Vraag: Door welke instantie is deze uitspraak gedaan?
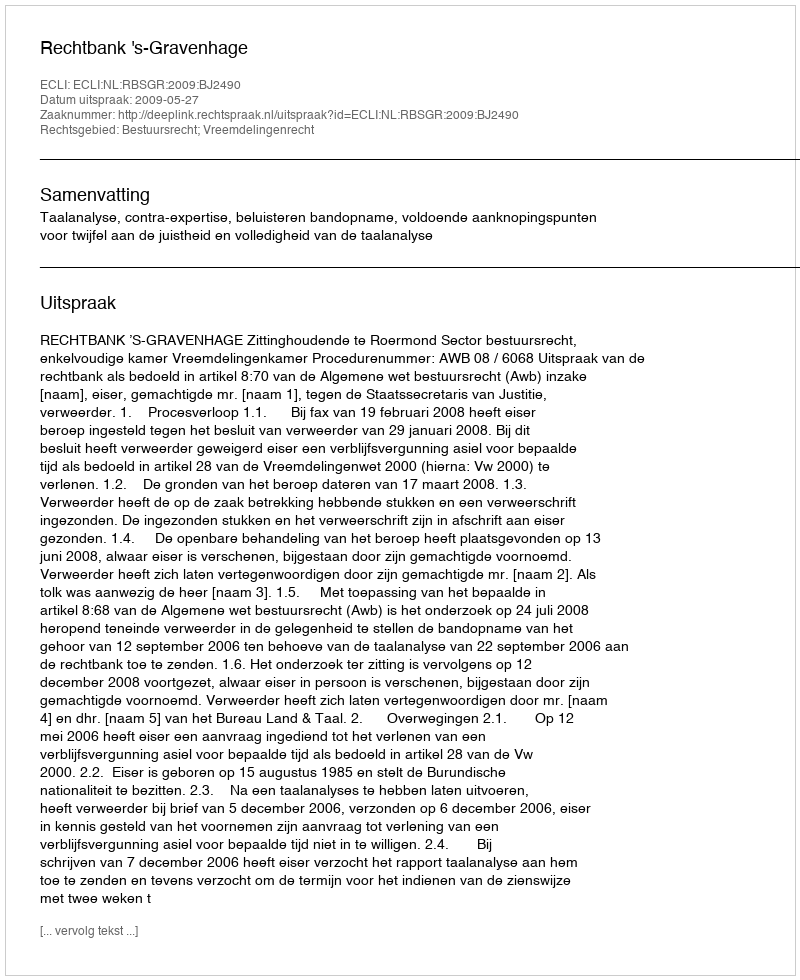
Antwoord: Rechtbank 's-Gravenhage